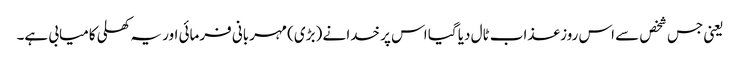
یعنی جس شخص سے اس روز عذاب ٹال دیا گیا اس پر خدا نے (بڑی) مہربانی فرمائی اور یہ کھلی کامیابی ہے۔